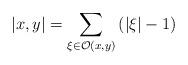
LaTeX: \begin{align*}\left| x,y\right| =\sum _{\xi \in \mathcal{O}(x,y)}\left( \left| \xi \right| -1\right)\end{align*}